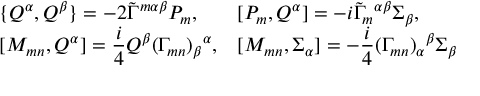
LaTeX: \begin{array} { l l } { { \{ Q ^ { \alpha } , Q ^ { \beta } \} = - 2 \tilde { \Gamma } ^ { m \alpha \beta } P _ { m } , } } & { { [ P _ { m } , Q ^ { \alpha } ] = - i \tilde { \Gamma } _ { m } { } ^ { \alpha \beta } \Sigma _ { \beta } , } } \\ { { { } [ M _ { m n } , Q ^ { \alpha } ] = \displaystyle \frac i 4 Q ^ { \beta } ( \Gamma _ { m n } ) _ { \beta } { } ^ { \alpha } , } } & { { [ M _ { m n } , \Sigma _ { \alpha } ] = - \displaystyle \frac i 4 ( \Gamma _ { m n } ) _ { \alpha } { } ^ { \beta } \Sigma _ { \beta } } } \end{array}